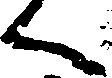
く